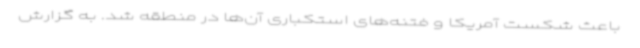
باعث شکست آمریکا و فتنه‌های استکباری آن‌ها در منطقه شد. به گزارش